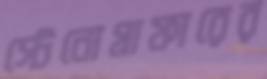
স্টেনোগ্রাফারের